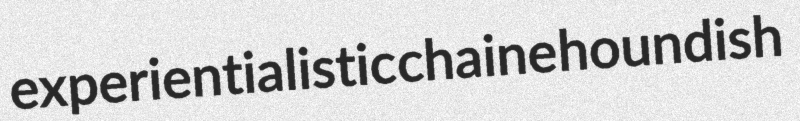
experientialistic chaine houndish